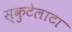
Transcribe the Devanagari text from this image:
स्कुटेलाटा